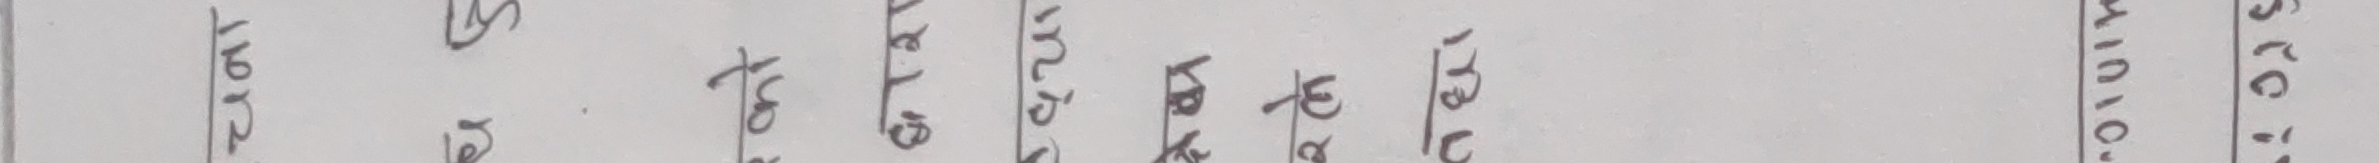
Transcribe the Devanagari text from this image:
स्ट्रोक 101010
स्टर्क 1982
कै
घोड्टै गोर्दा
मोजिदको तल
162 ग्राम